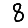
Digit: 8